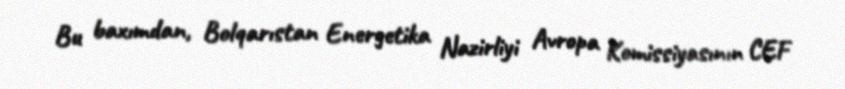
Bu baxımdan, Bolqarıstan Energetika Nazirliyi Avropa Komissiyasının CEF